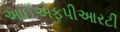
આઈએફપીઆરટી